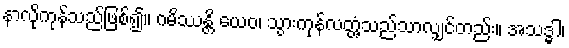
နာလိုကုန်သည်ဖြစ်၍။ ဂမိဿန္တိ ယေဝ၊ သွားကုန်လတ္တံ့သည်သာလျှင်တည်း။ အသဒ္ဓါ၊